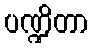
ပဏ္ဍိတာ